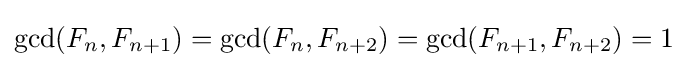
\gcd(F_{n},F_{n+1})=\gcd(F_{n},F_{n+2})=\gcd(F_{n+1},F_{n+2})=1